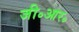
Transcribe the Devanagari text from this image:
जी॰आर॰